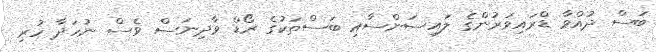
ބަސް ދުއްވާ ޑްރައިވަރުންގެ ލައިސަންސާއި ބަސްތަކުގެ ރޯޑް ވާދިނަސް ވެސް ނުހަދާ ހުރި